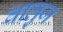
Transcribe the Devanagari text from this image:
वालुज